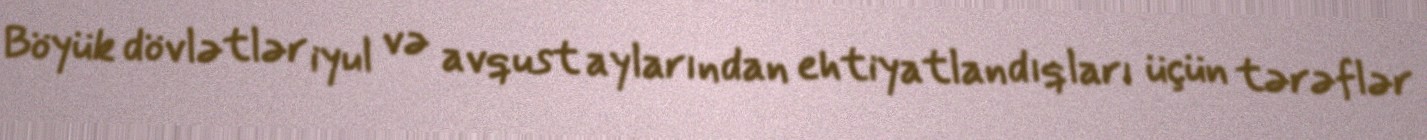
Böyük dövlətlər iyul və avqust aylarından ehtiyatlandıqları üçün tərəflər